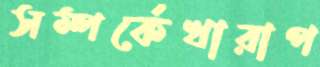
সম্পর্কেখারাপ